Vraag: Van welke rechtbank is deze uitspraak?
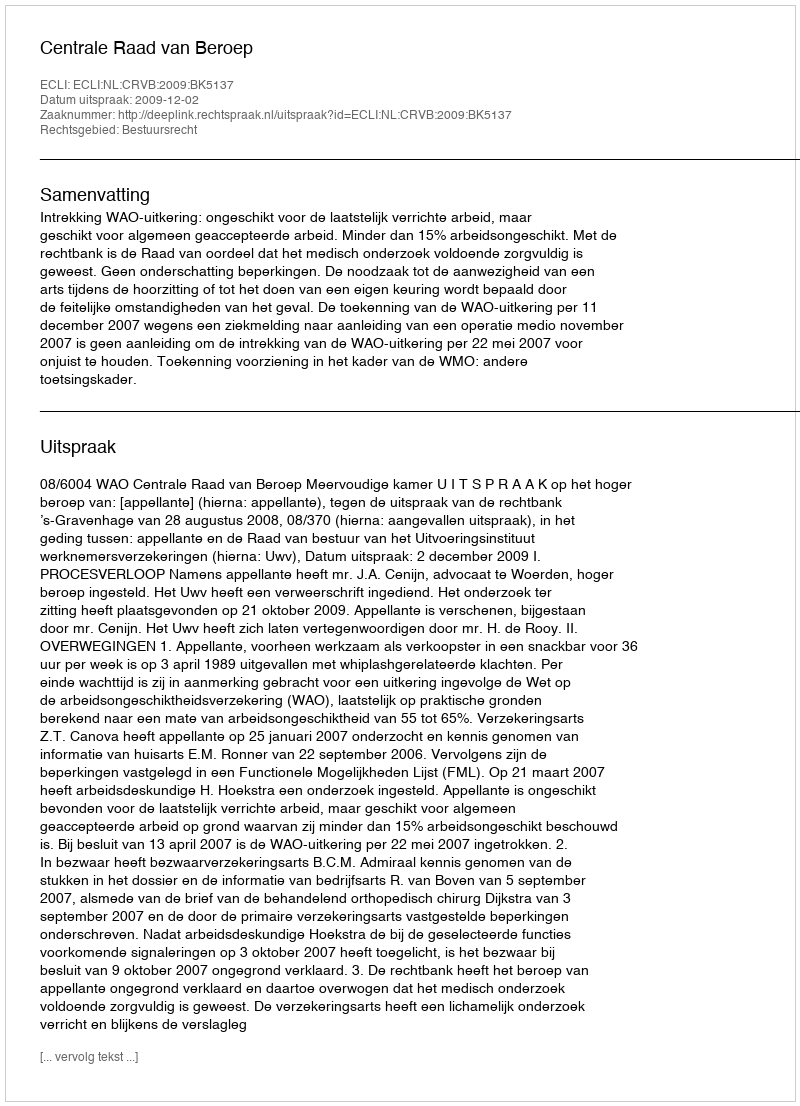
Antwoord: Centrale Raad van Beroep